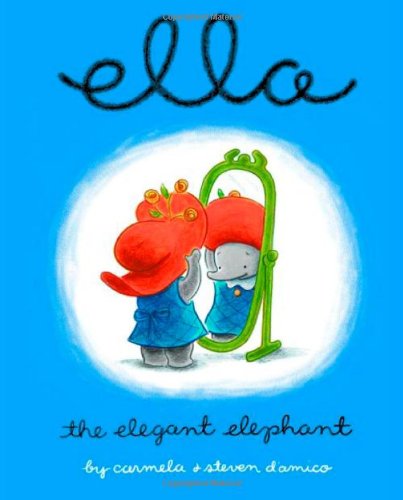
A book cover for Ella The Elegant Elephant; Carmela D'amico; Children's Books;